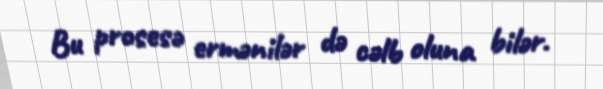
Bu prosesə ermənilər də cəlb oluna bilər.